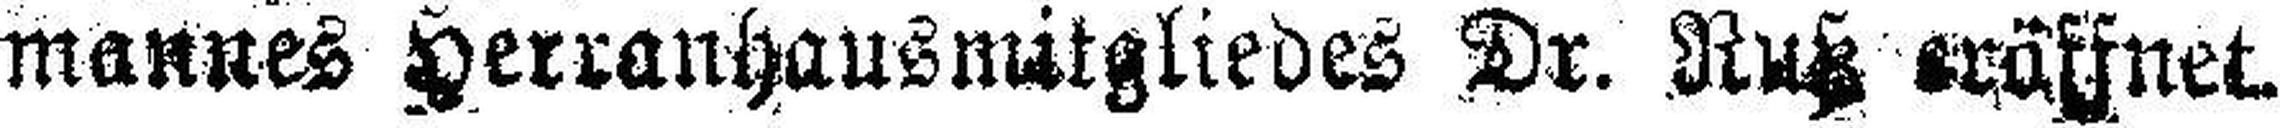
mannes Herranhausmitgliedes Dr. Ruß eröfnet.